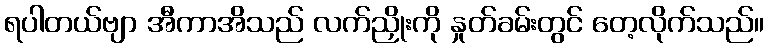
ရပါတယ်ဗျာ အီကာအိသည် လက်ညှိုးကို နှုတ်ခမ်းတွင် တေ့လိုက်သည်။